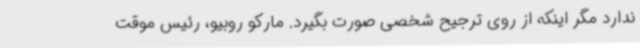
ندارد مگر اینکه از روی ترجیح شخصی صورت بگیرد. مارکو روبیو، رئیس موقت